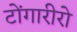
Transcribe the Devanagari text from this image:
टोंगारीरो